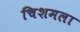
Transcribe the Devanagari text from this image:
चिशमला